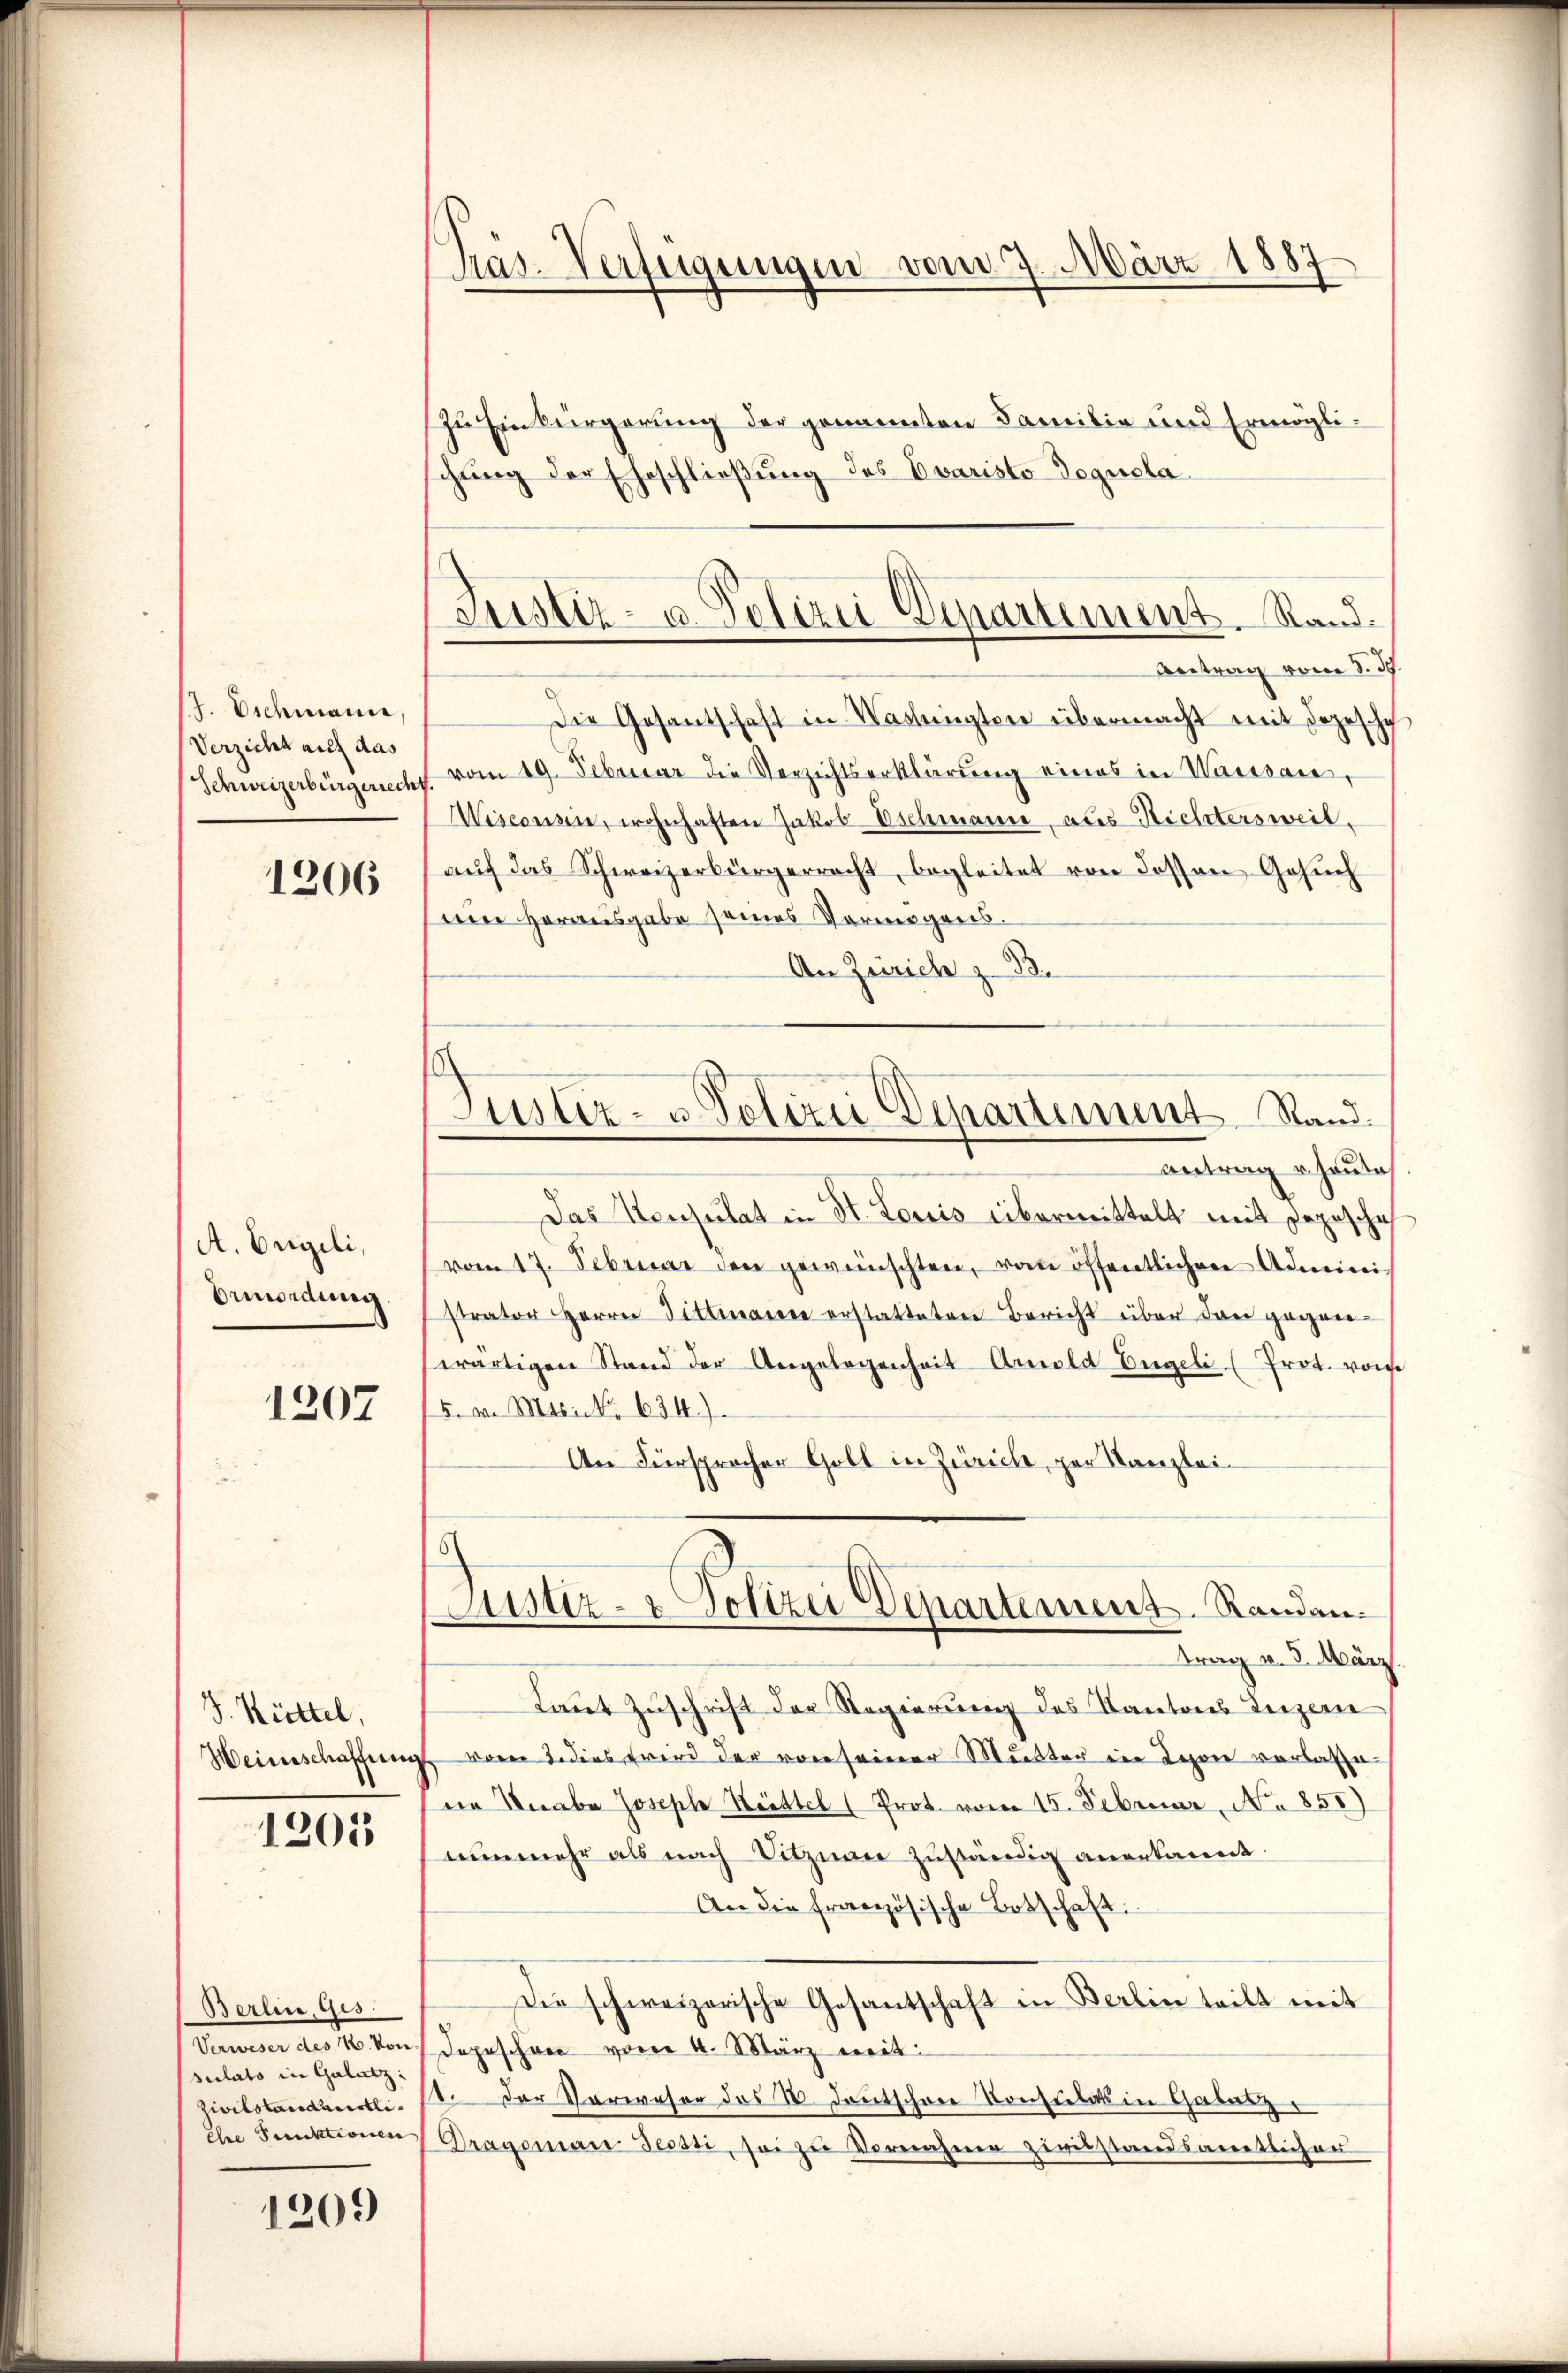
/7. Eichmann,
Verzicht auf das
Schweizerbürgerrecht

1206

A. Engeli,
Ermordung.

1207

J. Rüttel,
Heinschaffung

1203

Berlin, Ges.
sulato in Galatz:

1201)

Pas-Verfügungen vom 7. März 1887

Justiz- u. Polizei Departement. Rand.
Beitrag vom 8. d.

Sinter- u Polizei Departement Stand.

zu Einbürgerung der genannten Familie und Ermöglichung der Eheschließung des Evaristo Dequela¬
Die Gesantschaft in Washingten übermacht mit depesche
 vom 19. Februar die Verzichtserklärung eines in Waissan,
Wisconsen, wohnhaften Jakob Eschmann, aus Nichtersweil,
aŭf das Schweizerbürgerrecht, begleitet von dessen Gesŭch
Den Herausgabe seines Vermögens¬
An Zürich z. B.
antrag heute
Das Konsulat in St. Loriis übermittelt mit Depesche
vom 17. Februar den gewünschten, vom öffentlichen Administrator Herrn Fittmann erstatteten Bericht über dann gegen-
wärtigen Stand der Angelegenheit Arnold Engeli (Prot. von
5. v. Mtsick 634.)
An Fürsprocher Goll in Zürich, per Kanzlei-
Zustiz- & Polizei Departement. Randantrag v. 3. März
Laut Zuschrift der Regierung des Kantons Luzern
 vom 2. dies wird der von seiner Mutter in Lyon verlasse.
die Knabe Joseph Heittel (Prot. vom 15. Februar, No 850)
nunmehr als nach Vitznau zuständig anerkannt.
An die französische Botschaft:
Die schweizerische Gesantschaft in Berlin teilt mit
Verweser des 16. Von Depeschen vom 4. März weit
Zivilstandent. 12. der Verweser des 18. Deutschene Konsulat in Gabuz
Ehre Funktionen Dragonair Jessti, sei zu Vornahme zivilstandsamtlicher